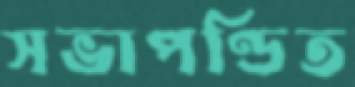
সভাপণ্ডিত